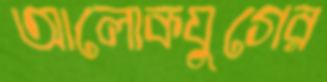
আলোকযুগের